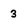
Character: 3